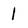
Character: 1